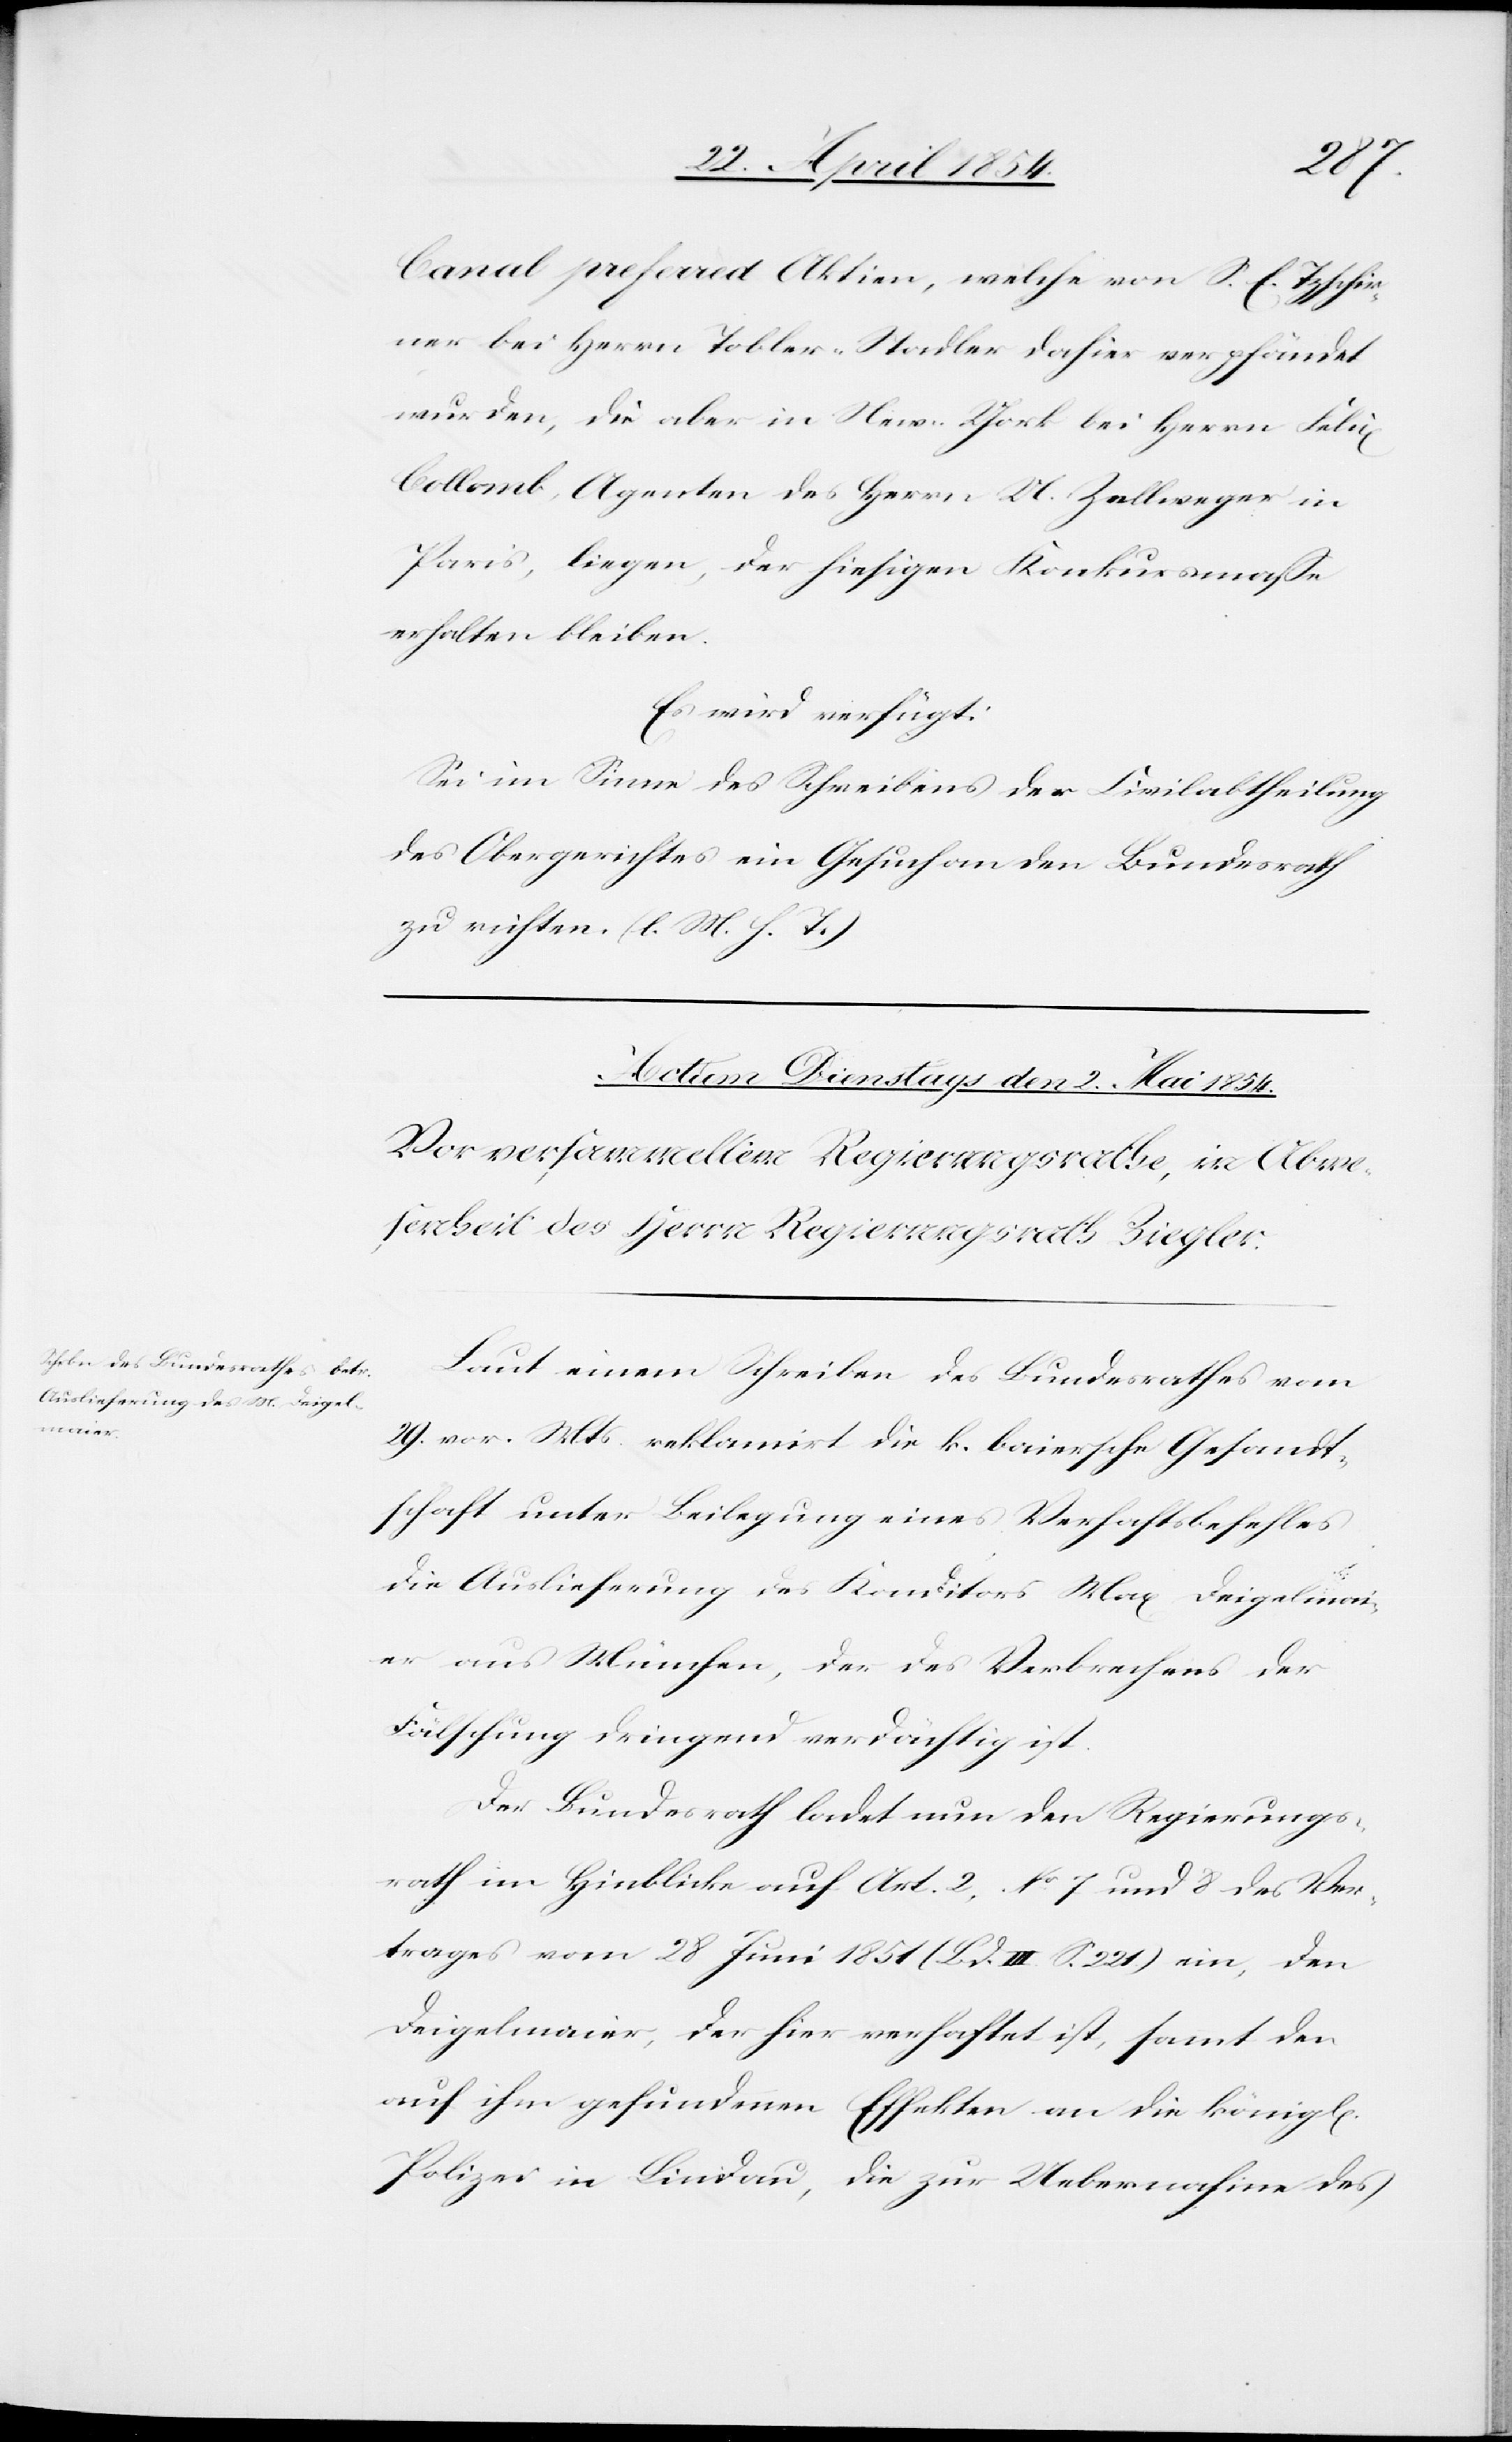
Canal preferrat Aktien, welche von S. E. Tzschir¬
ner bei Herrn Tobler-Stadler dahier verpfändet
wurden, die aber in New-York bei Herrn Felix
Collomb, Agenten des Herrn U. Zellweger in
Paris, liegen, der hiesigen Konkursmaße
erhalten bleiben.
Es wird verfügt:
Sei im Sinne des Schreibens der Civilabtheilung
des Obergerichtes ein Gesuch an den Bundesrath
zu richten (l. M. h. T.)
Laut einem Schreiben des Bundesrathes vom
29. vor. Mts reklamirt die k. baiersche Gesandt¬
schaft unter Beilegung eines Verhaftsbefehles
die Auslieferung des Konditors Max Deigelmai¬
er aus München, der des Verbrechens der
Fälschung dringend verdächtig wird.
Der Bundesrath ladet den Regierungs¬
rath im Hinblick auf Art. 2, No 7. und 8 des Ver¬
trages vom 28 Juni 1851 (Bd. III S. 221) ein, den
Deigelmaier, der hier verhaftet ist, samt den
auf ihm gefundenen Effekten an die königl.
Polizei in Lindau, die zur Uebernahme des